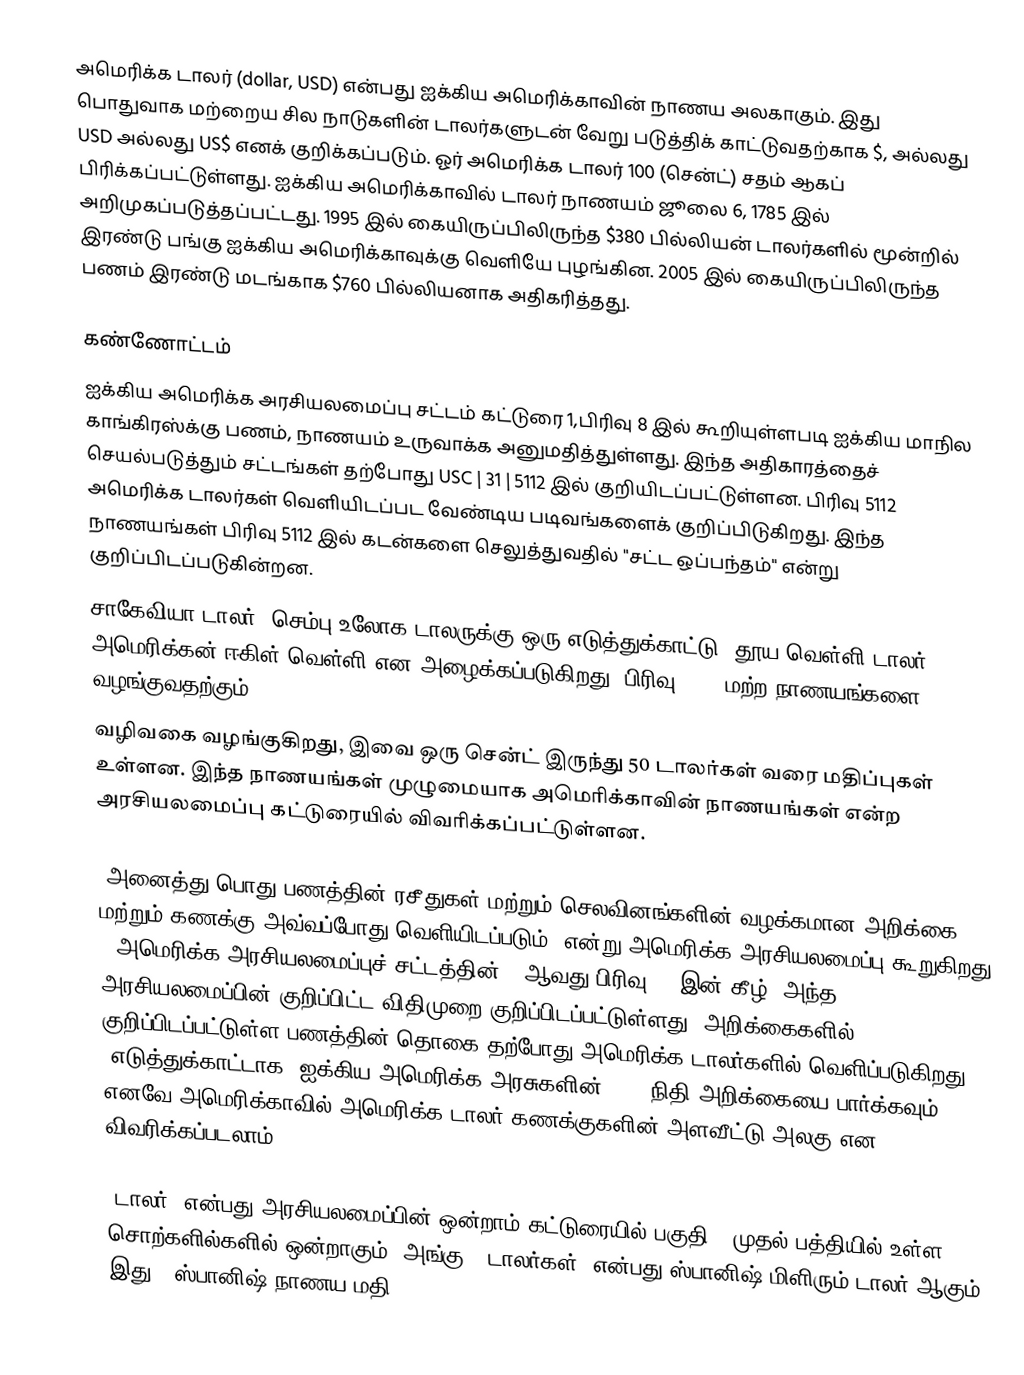
அமெரிக்க டாலர் (dollar, USD) என்பது ஐக்கிய அமெரிக்காவின் நாணய அலகாகும். இது பொதுவாக மற்றைய சில நாடுகளின் டாலர்களுடன் வேறு படுத்திக் காட்டுவதற்காக $, அல்லது USD அல்லது US$ எனக் குறிக்கப்படும். ஓர் அமெரிக்க டாலர் 100 (சென்ட்) சதம் ஆகப் பிரிக்கப்பட்டுள்ளது. ஐக்கிய அமெரிக்காவில் டாலர் நாணயம் ஜூலை 6, 1785 இல் அறிமுகப்படுத்தப்பட்டது. 1995 இல் கையிருப்பிலிருந்த $380 பில்லியன் டாலர்களில் மூன்றில் இரண்டு பங்கு ஐக்கிய அமெரிக்காவுக்கு வெளியே புழங்கின. 2005 இல் கையிருப்பிலிருந்த பணம் இரண்டு மடங்காக $760 பில்லியனாக அதிகரித்தது.

கண்ணோட்டம்
ஐக்கிய அமெரிக்க அரசியலமைப்பு சட்டம் கட்டுரை 1,பிரிவு 8 இல் கூறியுள்ளபடி ஐக்கிய மாநில காங்கிரஸ்க்கு பணம், நாணயம் உருவாக்க அனுமதித்துள்ளது. இந்த அதிகாரத்தைச் செயல்படுத்தும் சட்டங்கள் தற்போது USC | 31 | 5112 இல் குறியிடப்பட்டுள்ளன. பிரிவு 5112 அமெரிக்க டாலர்கள் வெளியிடப்பட வேண்டிய படிவங்களைக் குறிப்பிடுகிறது. இந்த நாணயங்கள் பிரிவு 5112 இல் கடன்களை செலுத்துவதில் "சட்ட ஒப்பந்தம்" என்று குறிப்பிடப்படுகின்றன.
 சாகேவியா டாலர், செம்பு உலோக டாலருக்கு ஒரு எடுத்துக்காட்டு. தூய வெள்ளி டாலர் அமெரிக்கன் ஈகிள் வெள்ளி என அழைக்கப்படுகிறது. பிரிவு 5112 மற்ற நாணயங்களை வழங்குவதற்கும்
வழிவகை வழங்குகிறது, இவை ஒரு சென்ட் இருந்து 50 டாலர்கள் வரை மதிப்புகள் உள்ளன. இந்த நாணயங்கள் முழுமையாக அமெரிக்காவின் நாணயங்கள் என்ற அரசியலமைப்பு கட்டுரையில் விவரிக்கப்பட்டுள்ளன.

"அனைத்து பொது பணத்தின் ரசீதுகள் மற்றும் செலவினங்களின் வழக்கமான அறிக்கை மற்றும் கணக்கு அவ்வப்போது வெளியிடப்படும்" என்று அமெரிக்க அரசியலமைப்பு கூறுகிறது . அமெரிக்க அரசியலமைப்புச் சட்டத்தின் 33ஆவது பிரிவு 331இன் கீழ், அந்த அரசியலமைப்பின் குறிப்பிட்ட விதிமுறை குறிப்பிடப்பட்டுள்ளது."அறிக்கைகளில்" குறிப்பிடப்பட்டுள்ள பணத்தின் தொகை தற்போது அமெரிக்க டாலர்களில் வெளிப்படுகிறது (எடுத்துக்காட்டாக, ஐக்கிய அமெரிக்க அரசுகளின் 2009 நிதி அறிக்கையை பார்க்கவும்). எனவே அமெரிக்காவில் அமெரிக்க டாலர் கணக்குகளின் அளவீட்டு அலகு என விவரிக்கப்படலாம்.

"டாலர்" என்பது அரசியலமைப்பின் ஒன்றாம் கட்டுரையில் பகுதி 9 முதல் பத்தியில் உள்ள சொற்களில்களில் ஒன்றாகும். அங்கு, "டாலர்கள்" என்பது  ஸ்பானிஷ் மிளிரும் டாலர் ஆகும். இது 8 ஸ்பானிஷ் நாணய  மதி